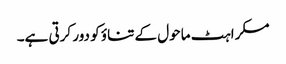
مسکراہٹ ماحول کے تناؤ کو دور کرتی ہے۔